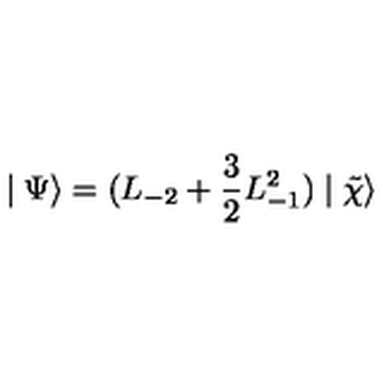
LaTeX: \mid \Psi \rangle = ( L _ { - 2 } + \frac { 3 } { 2 } L _ { - 1 } ^ { 2 } ) \mid \tilde { \chi } \rangle